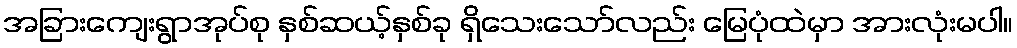
အခြားကျေးရွာအုပ်စု နှစ်ဆယ့်နှစ်ခု ရှိသေးသော်လည်း မြေပုံထဲမှာ အားလုံးမပါ။